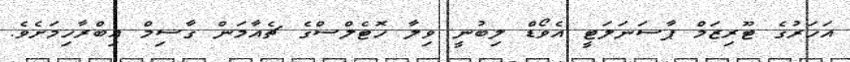
އަހަރުގެ ޓޫރިޒަމް ޕާސަނަލަޓީ އެވޯޑް ލިބުނީ ވިލާ ހޮޓެލްސްގެ ޗެއާމަން ގާސިމް އިބްރާހިމަށެވެ.